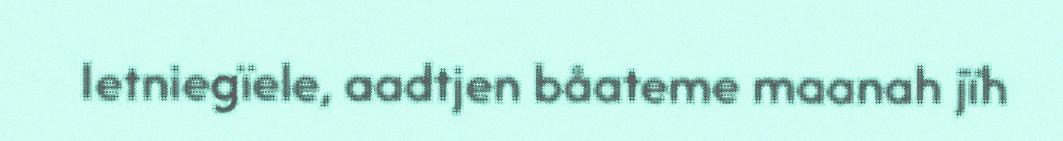
Ietniegïele, aadtjen båateme maanah jïh